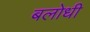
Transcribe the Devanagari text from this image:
बलोधी